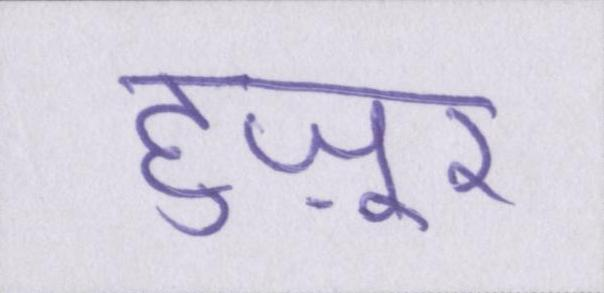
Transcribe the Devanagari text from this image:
हुज़ूर